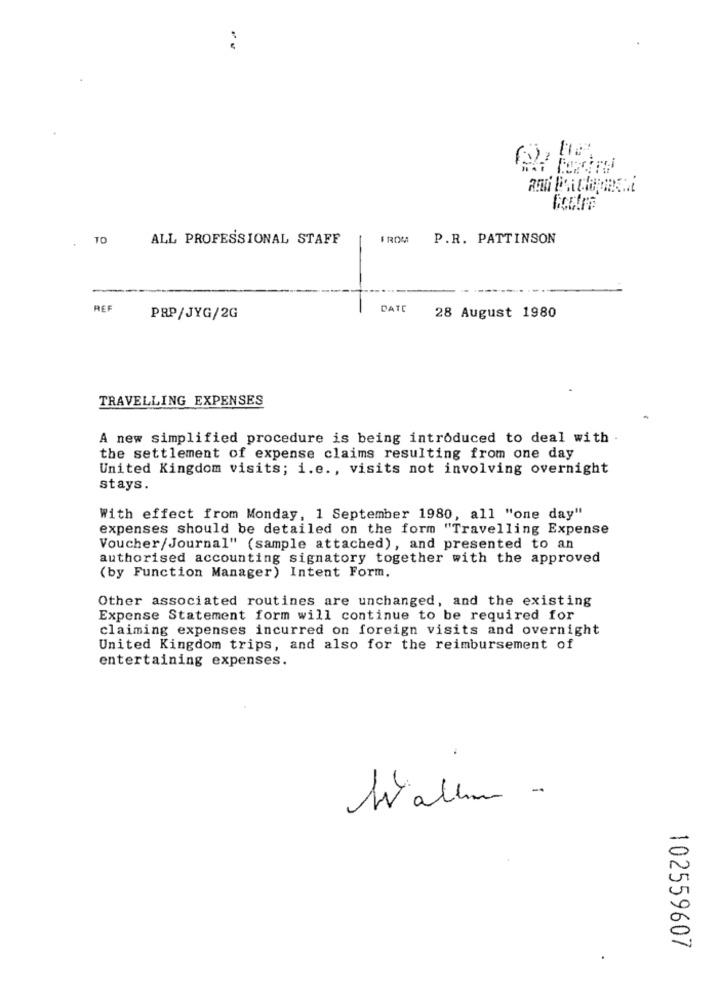
TO
ALL PROFESSIONAL STAFF
FROM
P.R. PATTINSON
.....
REF
---
DATE
PRP/JYG/2G
28 August 1980
TRAVELLING EXPENSES
A new simplified procedure is being introduced to deal with .
the settlement of expense claims resulting from one day
United Kingdom visits; i.e ., visits not involving overnight
stays.
With effect from Monday, 1 September 1980, all "one day"
expenses should be detailed on the form "Travelling Expense
Voucher/Journal" (sample attached), and presented to an
authorised accounting signatory together with the approved
(by Function Manager) Intent Form.
Other associated routines are unchanged, and the existing
Expense Statement form will continue to be required for
claiming expenses incurred on foreign visits and overnight
United Kingdom trips, and also for the reimbursement of
entertaining expenses.
Wallm -
102559607